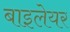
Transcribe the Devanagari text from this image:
बाइलेयर